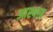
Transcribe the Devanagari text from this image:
आस्षाब